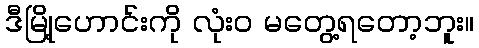
ဒီမြို့ဟောင်းကို လုံး၀ မတွေ့ရတော့ဘူး။